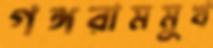
গঙ্গরামমুখ